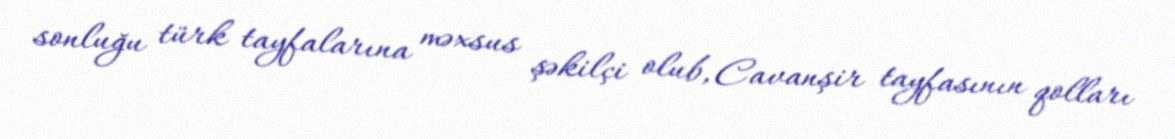
sonluğu türk tayfalarına məxsus şəkilçi olub, Cavanşir tayfasının qolları